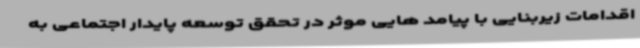
اقدامات زیربنایی با پیامد هایی موثر در تحقق توسعه پایدار اجتماعی به